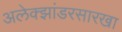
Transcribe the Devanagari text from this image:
अलेक्झांडरसारखा